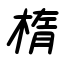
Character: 楕